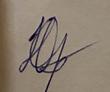
Signature authenticity: forged